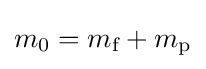
m_{0}=m_{\text{f}}+m_{\text{p}}